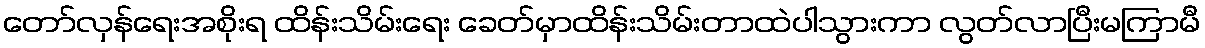
တော်လှန်ရေးအစိုးရ ထိန်းသိမ်းရေး ခေတ်မှာထိန်းသိမ်းတာထဲပါသွားကာ လွတ်လာပြီးမကြာမီ